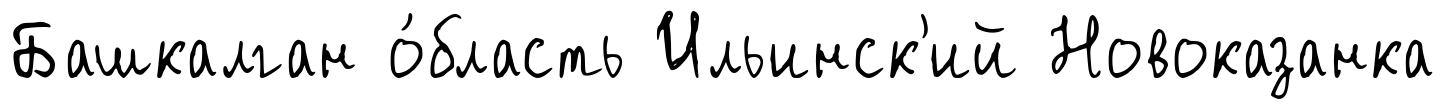
Башкалган о́бласть Ильинск'ий Новоказанка